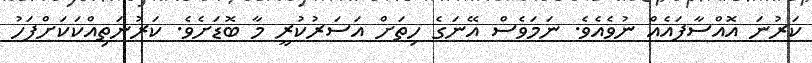
ކަރުނަ އޮއްސާފައެއް ނުވެއެވެ. ނަމަވެސް އޭނަގެ ހިތަށް އަސަރުކުރީ މާ ބޮޑަށެވެ. ކަރުނަތިއްކަކަށްފަހު